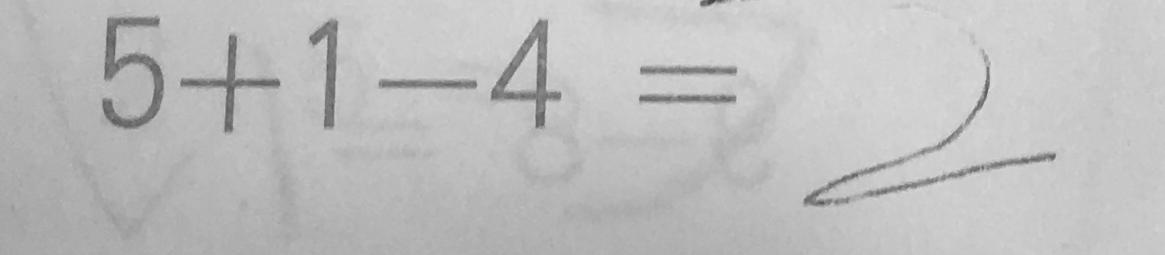
5 + 1 - 4 = 2